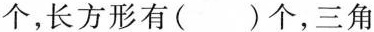
个，长方形有( )个，三角